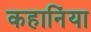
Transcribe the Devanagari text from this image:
कहानिंया